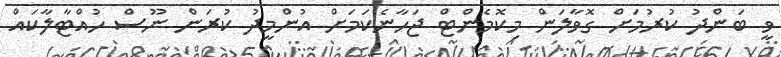
ވީ ބަންދު ކުރުމަށް ގޮވާލަން މިކޮމެންޓް ޖަހާނެކަމަށް އުންމީދު ކުރަން ނޫސް ހުއްޓާލާކައް